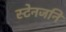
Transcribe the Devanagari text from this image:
स्टेनजनि